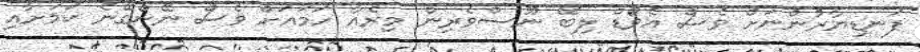
ފަނޑިޔާރުންނަށް ވެސް އެވޯޑް ލިބޭ ނޫސްވެރިން މިރެއާ ހަމައަށް ވެސް ނޭންގޭނެ ކަމަށާއި